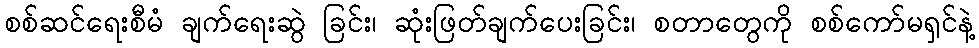
စစ်ဆင်ရေးစီမံ ချက်ရေးဆွဲ ခြင်း၊ ဆုံးဖြတ်ချက်ပေးခြင်း၊ စတာတွေကို စစ်ကော်မရှင်နဲ့